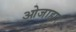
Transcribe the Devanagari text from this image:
ओजाहार